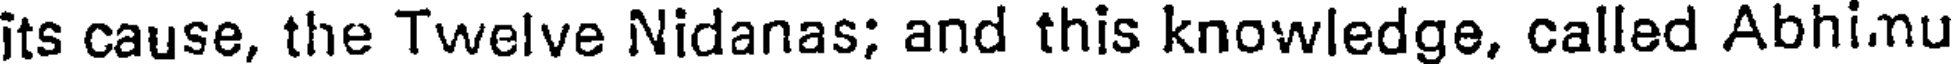
its cause, the Twelve Nidanas; and this knowledge, called Abhi.nu